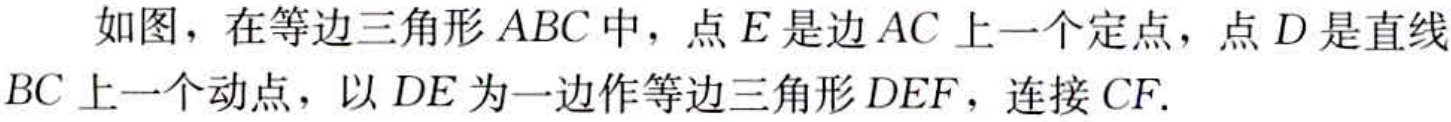
如图，在等边三角形 \(ABC\) 中，点 \(E\) 是边 \(AC\) 上一个定点，点 \(D\) 是直线 \(BC\) 上一个动点，以 \(DE\) 为一边作等边三角形 \(DEF\)，连接 \(CF\).